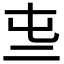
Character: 𠄤